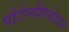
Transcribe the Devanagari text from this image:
पोटेनशियेशन